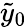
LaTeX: \tilde{y}_{0}